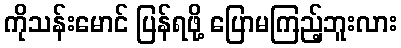
ကိုသန်းမောင် ပြန်ရဖို့ ပြောမကြည့်ဘူးလား